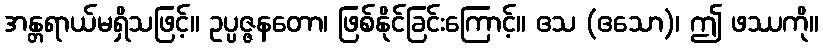
အန္တရာယ်မရှိသဖြင့်။ ဥပ္ပဇ္ဇနတော၊ ဖြစ်နိုင်ခြင်းကြောင့်။ ဧသ (ဧသော)၊ ဤ ဖဿကို။